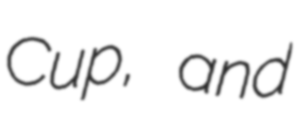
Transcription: Cup, and